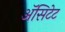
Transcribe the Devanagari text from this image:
ॲसिटेट